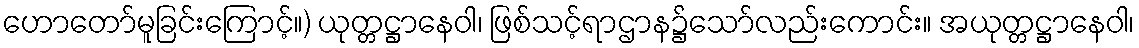
ဟောတော်မူခြင်းကြောင့်။) ယုတ္တဋ္ဌာနေဝါ၊ ဖြစ်သင့်ရာဌာန၌သော်လည်းကောင်း။ အယုတ္တဋ္ဌာနေဝါ၊